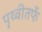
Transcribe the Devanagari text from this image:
पृथ्वीतर्फे